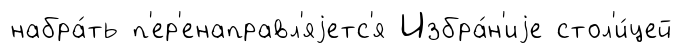
набра́ть п'ер'енаправл'яjетс'я Избра́н'иjе стол'и́цей